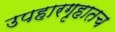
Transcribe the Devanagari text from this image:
उपहारगृहातच